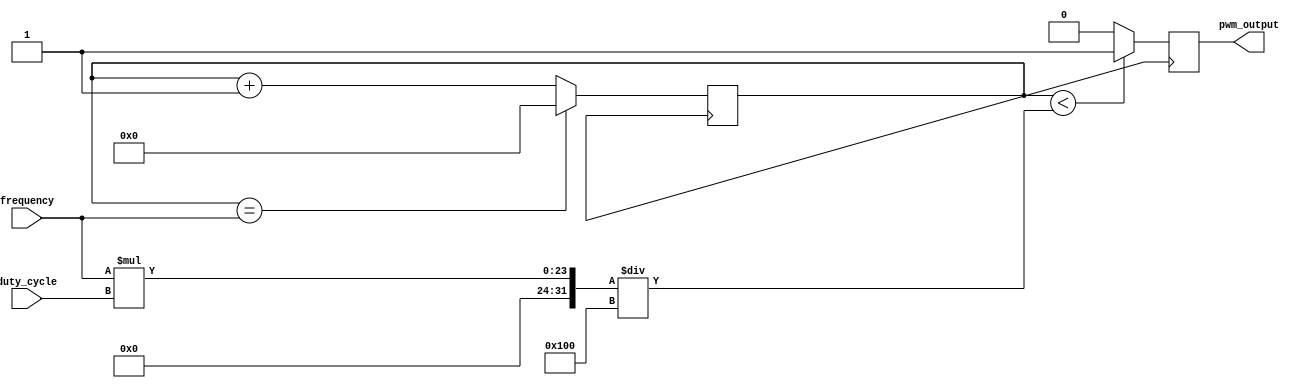
module pwm_generator(
    input wire [7:0] duty_cycle,
    input wire [15:0] frequency,
    output reg pwm_output
);

reg [15:0] counter;

always @ (posedge clk) begin
    counter <= counter + 1;
    
    if(counter < frequency * duty_cycle/256) begin
        pwm_output <= 1;
    end else begin
        pwm_output <= 0;
    end
    
    if(counter == frequency) begin
        counter <= 0;
    end
end 

endmodule